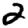
Digit: 2